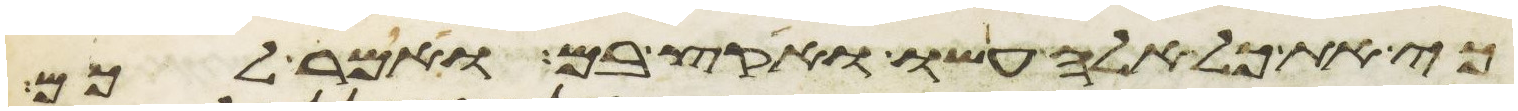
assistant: כי את כל אלה עשו ואקץ בם ואמר לכם